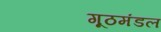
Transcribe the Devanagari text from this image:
गूठमंडल